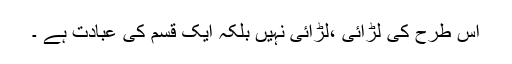
اس طرح کی لڑائی ،لڑائی نہیں بلکہ ایک قسم کی عبادت ہے ۔